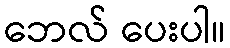
ဘေလ် ပေးပါ။